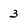
Character: 3